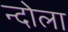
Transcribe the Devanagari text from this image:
न्दोला